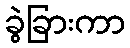
ခွဲခြားကာ